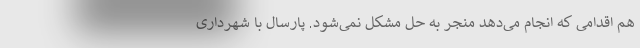
هم اقدامی که انجام می‌دهد منجر به حل مشکل نمی‌شود. پارسال با شهرداری